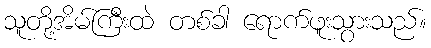
သူတို့အိမ်ကြီးထဲ တစ်ခါ ရောက်ဖူးသွားသည်။